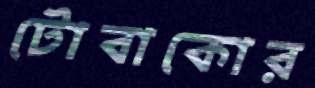
টোবাকোর